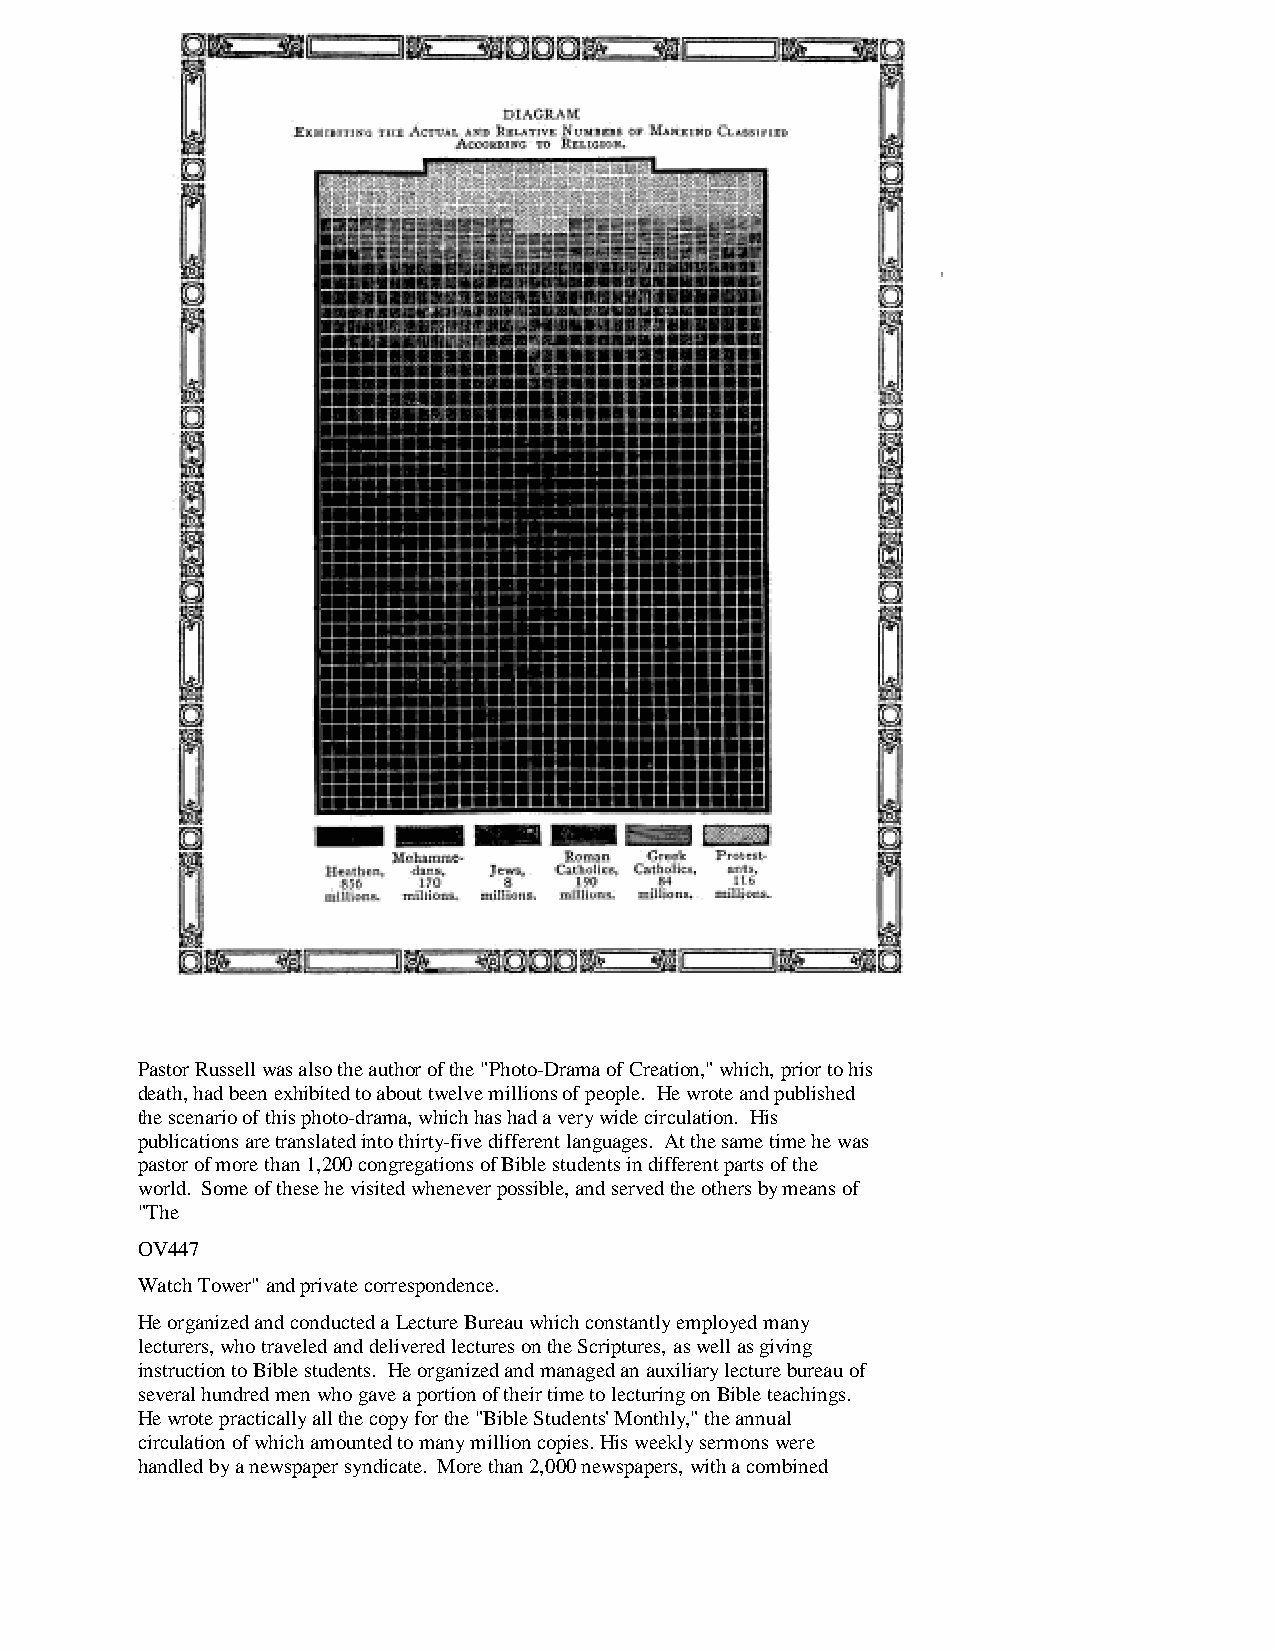
Pastor Russell was also the author of the "Photo-Drama of Creation," which, prior to his
 death, had been exhibited to about twelve millions of people. He wrote and published
 the scenario of this photo-drama, which has had a very wide circulation. His
 publications are translated into thirty-five different languages. At the same time he was
 pastor of more than 1,200 congregations of Bible students in different parts of the
 world. Some of these he visited whenever possible, and served the others by means of
 "The
 OV447
 Watch Tower" and private correspondence.
 He organized and conducted a Lecture Bureau which constantly employed many
 lecturers, who traveled and delivered lectures on the Scriptures, as well as giving
 instruction to Bible students. He organized and managed an auxiliary lecture bureau of
 several hundred men who gave a portion of their time to lecturing on Bible teachings.
 He wrote practically all the copy for the "Bible Students' Monthly," the annual
 circulation of which amounted to many million copies. His weekly sermons were
 handled by a newspaper syndicate. More than 2,000 newspapers, with a combined